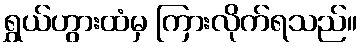
ရွှယ်ဟွားထံမှ ကြားလိုက်ရသည်။